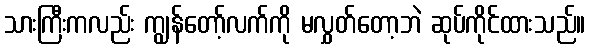
သားကြီးကလည်း ကျွန်တော့်လက်ကို မလွှတ်တော့ဘဲ ဆုပ်ကိုင်ထားသည်။